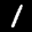
Label: 1